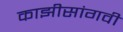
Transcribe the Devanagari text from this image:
काझीसांगवी